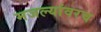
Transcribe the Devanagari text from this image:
मजल्यांवरच